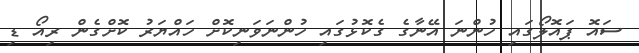
ސައޮ ޕައޮލޯގައި ހުންނަ އޭނާގެ ގެކޮޅުގައި ހުންނަވަނިކޮށް ހައްޔަރު ކޮށްގެން ރިއޯ ޑި